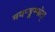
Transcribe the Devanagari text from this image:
मयन्ङुम्पोल्